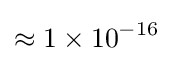
\approx 1\times 10^{-16}